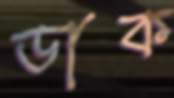
ডাক